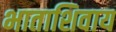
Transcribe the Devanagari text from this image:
भाताशिवाय